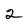
Character: 2